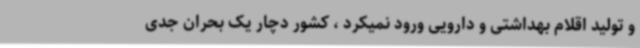
و تولید اقلام بهداشتی و دارویی ورود نمیکرد ، کشور دچار یک بحران جدی